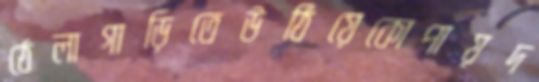
ঠেলাগাড়িতেউঠিয়েকোপায়দ